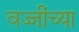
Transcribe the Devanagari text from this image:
वज्जींच्या